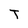
Character: T